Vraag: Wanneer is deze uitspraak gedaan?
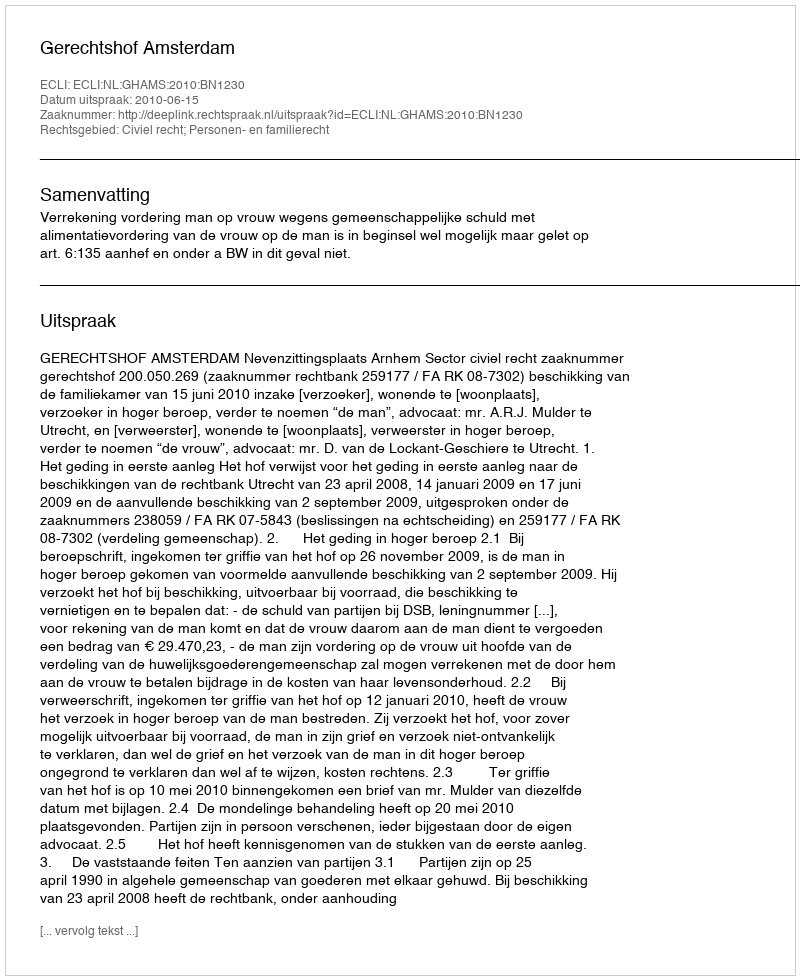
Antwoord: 2010-06-15